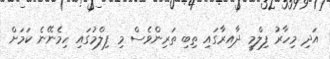
އަދި މިހާރު ފިލްމީ ދާއިރާގައި ތިބި ތަރިންވެސް މި ފިލްމުގައި ހިމެނޭނެ ކަމަށް